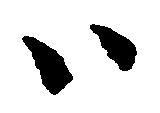
ハ